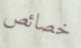
خصائص